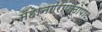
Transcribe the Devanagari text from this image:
महानगरांपाठोपाठ